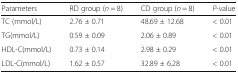
| Parameters | RD group (n = 8) | CD group (n = 8) | P-value |
 | --- | --- | --- | --- |
 | TC (mmol/L) | 2.76 ± 0.71 | 48.69 ± 12.68 | < 0.01 |
 | TG(mmol/L) | 0.59 ± 0.09 | 2.06 ± 0.89 | < 0.01 |
 | HDL-C(mmol/L) | 0.73 ± 0.14 | 2.98 ± 0.29 | < 0.01 |
 | LDL-C(mmol/L) | 1.62 ± 0.57 | 32.89 ± 6.28 | < 0.01 |